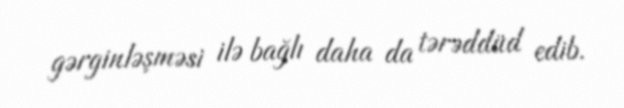
gərginləşməsi ilə bağlı daha da tərəddüd edib.